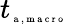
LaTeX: {t}_{\tiny{\mathrm{~a~,~m~a~c~r~o~}}}